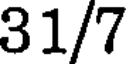
31/7